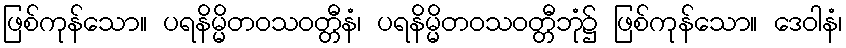
ဖြစ်ကုန်သော။ ပရနိမ္မိတဝသဝတ္တီနံ၊ ပရနိမ္မိတဝသဝတ္တီဘုံ၌ ဖြစ်ကုန်သော။ ဒေဝါနံ၊